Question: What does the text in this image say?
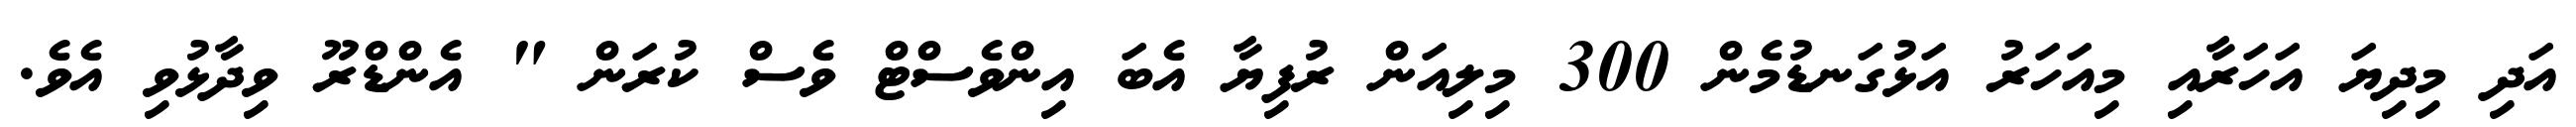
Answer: އަދި މިދިޔަ އަހަރާއި މިއަހަރު އަޅުގަނޑުމެން 300 މިލިއަން ރުފިޔާ އެބަ އިންވެސްޓް ވެސް ކުރަން " އެންޑްރޫ ވިދާޅުވި އެވެ.